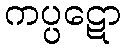
ကပ္ပဋော